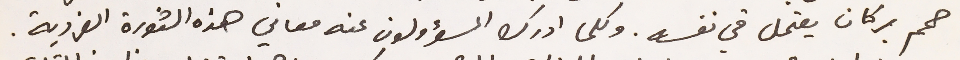
حمم بركان يعتمل في نفسه . وكلما ادرك المسؤولون عنه معاني هذه الثورة الفردية.